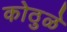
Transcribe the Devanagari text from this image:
कोठुळे